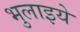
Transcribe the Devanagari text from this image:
भुलाइये